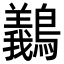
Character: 䴊